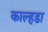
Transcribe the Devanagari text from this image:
काल्हडा